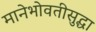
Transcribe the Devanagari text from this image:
मानेभोवतीसुद्धा